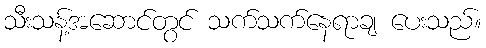
သီးသန့်အဆောင်တွင် သက်သက်နေရာချ ပေးသည်။